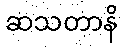
ဆသတာနိ